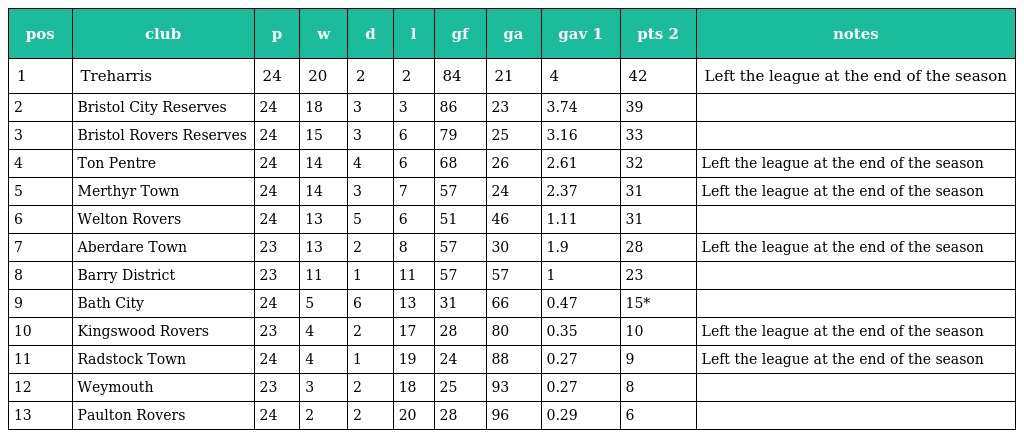
| pos | club | p | w | d | l | gf | ga | gav 1 | pts 2 | notes |
 | --- | --- | --- | --- | --- | --- | --- | --- | --- | --- | --- |
 | 1 | Treharris | 24 | 20 | 2 | 2 | 84 | 21 | 4 | 42 | Left the league at the end of the season |
 | 2 | Bristol City Reserves | 24 | 18 | 3 | 3 | 86 | 23 | 3.74 | 39 |  |
 | 3 | Bristol Rovers Reserves | 24 | 15 | 3 | 6 | 79 | 25 | 3.16 | 33 |  |
 | 4 | Ton Pentre | 24 | 14 | 4 | 6 | 68 | 26 | 2.61 | 32 | Left the league at the end of the season |
 | 5 | Merthyr Town | 24 | 14 | 3 | 7 | 57 | 24 | 2.37 | 31 | Left the league at the end of the season |
 | 6 | Welton Rovers | 24 | 13 | 5 | 6 | 51 | 46 | 1.11 | 31 |  |
 | 7 | Aberdare Town | 23 | 13 | 2 | 8 | 57 | 30 | 1.9 | 28 | Left the league at the end of the season |
 | 8 | Barry District | 23 | 11 | 1 | 11 | 57 | 57 | 1 | 23 |  |
 | 9 | Bath City | 24 | 5 | 6 | 13 | 31 | 66 | 0.47 | 15* |  |
 | 10 | Kingswood Rovers | 23 | 4 | 2 | 17 | 28 | 80 | 0.35 | 10 | Left the league at the end of the season |
 | 11 | Radstock Town | 24 | 4 | 1 | 19 | 24 | 88 | 0.27 | 9 | Left the league at the end of the season |
 | 12 | Weymouth | 23 | 3 | 2 | 18 | 25 | 93 | 0.27 | 8 |  |
 | 13 | Paulton Rovers | 24 | 2 | 2 | 20 | 28 | 96 | 0.29 | 6 |  |